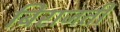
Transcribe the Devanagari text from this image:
बिराजती